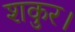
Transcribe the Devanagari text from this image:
शकुर।